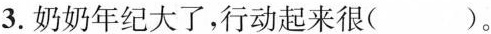
3.奶奶年纪大了，行动起来很( )。